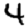
Digit: 4